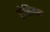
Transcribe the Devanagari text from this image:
रोसियस